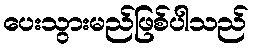
ပေးသွားမည်ဖြစ်ပါသည်